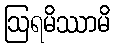
ဩရမိဿာမိ